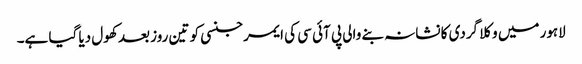
لاہور میں وکلا گردی کا نشانہ بنے والی پی آئی سی کی ایمرجنسی کو تین روز بعد کھول دیا گیا ہے۔